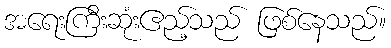
အရေးကြီးဆုံးဧည့်သည် ဖြစ်နေသည်။